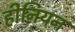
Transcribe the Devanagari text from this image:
हीनियन